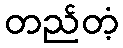
တည်တံ့